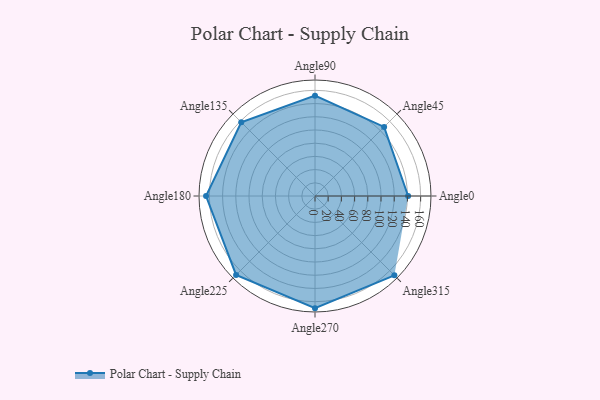
{"axis": {"x": "Angle", "y": "Radius"}, "legend": [""], "data": [{"x": "Angle0", "y": 141.0, "type": ""}, {"x": "Angle45", "y": 148.0, "type": ""}, {"x": "Angle90", "y": 152.0, "type": ""}, {"x": "Angle135", "y": 158.0, "type": ""}, {"x": "Angle180", "y": 165.0, "type": ""}, {"x": "Angle225", "y": 169.0, "type": ""}, {"x": "Angle270", "y": 170, "type": ""}, {"x": "Angle315", "y": 170, "type": ""}]}